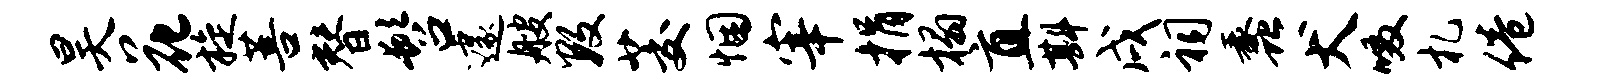
昊花旋菩替髫遽艘数茭悃宰捐榻直斟戌祠蠡犬啜札倦